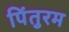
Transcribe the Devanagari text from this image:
पिंतुरम